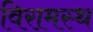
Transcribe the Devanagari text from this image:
विरामस्थ